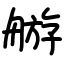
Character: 䑻